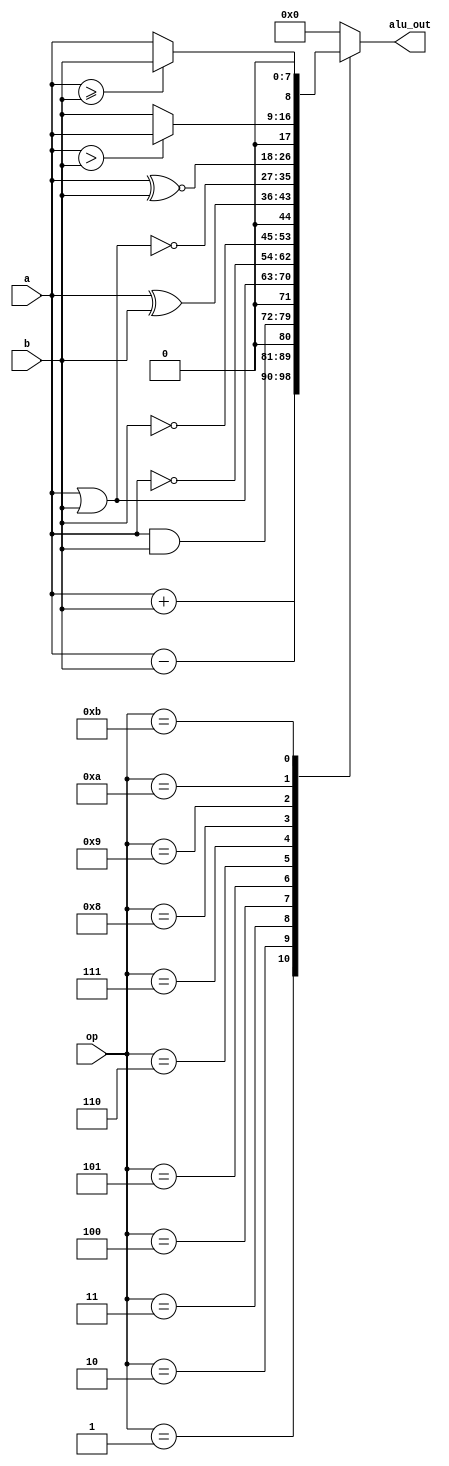
module alu01(a,b,op,alu_out);
input [7:0] a,b;
input [3:0] op;
output reg [8:0] alu_out;
always @(*)
begin
    case(op) // defining the instructions
    4'b0000: alu_out = 0;
    4'b0001: alu_out = a+b;
    4'b0010: alu_out = a-b;
    4'b0011: alu_out = a&b;
    4'b0100: alu_out = a|b;
    4'b0101: alu_out = ~a;
    4'b0110: alu_out = ~b;
    4'b0111: alu_out = a^b;
    4'b1000: alu_out = a~|b;
    4'b1001: alu_out = a~^b;
    4'b1010: if (a>b) begin
        alu_out = a;
    end else begin alu_out = b; end
    4'b1011: if (a>=b) begin
        alu_out = b;
    end else begin alu_out = a; end 
    default: alu_out = 0;
    endcase
end
endmodule